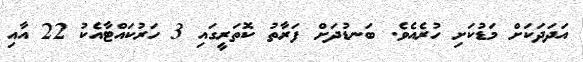
އަދަދަކަށް މަޑުކަށި ހުރެއެވެ. ބަނޑުދަށް ފަރާތު ކޮތަރީގައި 3 ހަރުކައްޓާއެކު 22 އާއި